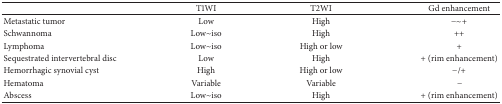
|  | T1WI | T2WI | Gd enhancement |
 | --- | --- | --- | --- |
 | Metastatic tumor | Low | High | −~+ |
 | Schwannoma | Low~iso | High | ++ |
 | Lymphoma | Low~iso | High or low | + |
 | Sequestrated intervertebral disc | Low | High | + (rim enhancement) |
 | Hemorrhagic synovial cyst | High | High or low | −/+ |
 | Hematoma | Variable | Variable | − |
 | Abscess | Low~iso | High | + (rim enhancement) |